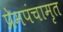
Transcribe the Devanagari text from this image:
प्रेमपंचामृत